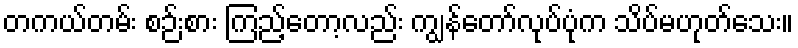
တကယ်တမ်း စဉ်းစား ကြည့်တော့လည်း ကျွန်တော်လုပ်ပုံက သိပ်မဟုတ်သေး။